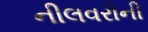
નીલવરોની